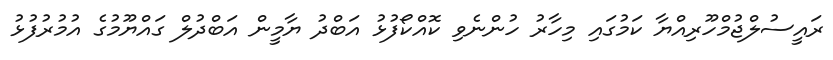
ރައީސުލްޖުމްހޫރިއްޔާ ކަމުގައި މިހާރު ހުންނެވި ކޮއްކޯފުޅު އަބްދު ޔާމީން އަބްދުލް ގައްޔޫމުގެ އުމުރުފުޅު